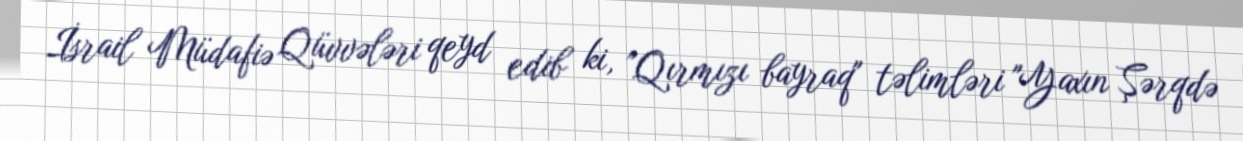
İsrail Müdafiə Qüvvələri qeyd edib ki, "Qırmızı bayraq" təlimləri "Yaxın Şərqdə